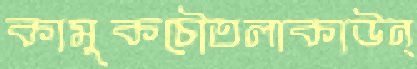
কামুকচৌতলাকাউন্